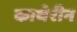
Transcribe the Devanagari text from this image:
काथेरीन